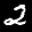
Label: 2